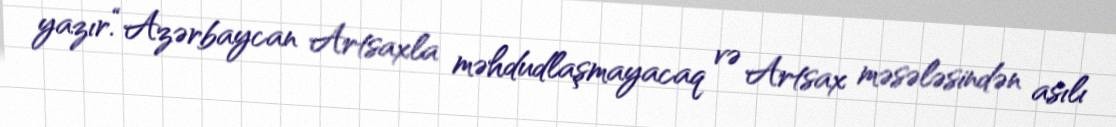
yazır.“Azərbaycan Artsaxla məhdudlaşmayacaq və Artsax məsələsindən asılı